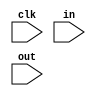
module a(clk,in,out);
  input clk;
  input [31:0]in,out;
  reg[31:0] aa;
  
  always@(posedge clk)
  begin
    aa<=in;
  end
  
  assign out=aa;
endmodule